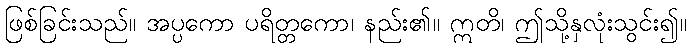
ဖြစ်ခြင်းသည်။ အပ္ပကော ပရိတ္တကော၊ နည်း၏။ ဣတိ၊ ဤသို့နှလုံးသွင်း၍။